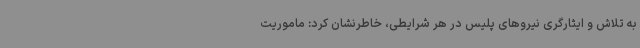
به تلاش و ایثارگری نیروهای پلیس در هر شرایطی، خاطرنشان کرد: ماموریت